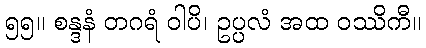
၅၅။ စန္ဒနံ တဂရံ ဝါပိ၊ ဥပ္ပလံ အထ ဝဿိကီ။